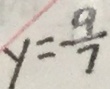
y = \frac { 9 } { 7 }